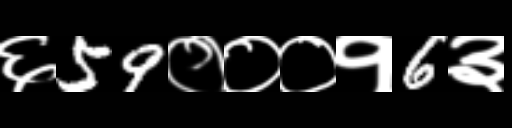
Text: ६59०००१6३